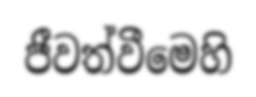
ජීවත්වීමෙහි